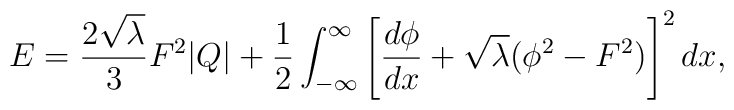
E = { {2 \sqrt{\lambda}} \over 3} F^2 | Q | + {1 \over 2} \int^{\infty}_{-\infty} \left[ {{d \phi} \over {dx}} + \sqrt{\lambda} (\phi^2 - F^2) \right]^2 dx,